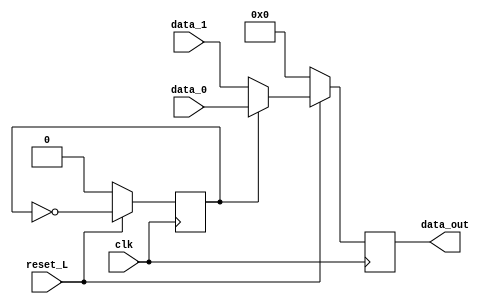
// This should be only the conductual description
module mux_conductual (
            input clk,
            input reset_L,
            input [3:0] data_0,
            input [3:0] data_1,
            output reg [3:0] data_out
            );
   // internal variable
   reg                       selector;

   always @ (posedge clk)
     begin
        // initial values

        if (!reset_L) begin
           data_out <= 4'b0;
           selector <= 'b0;
        end // if

        if (reset_L) begin
           selector <= ~selector;
           if (selector) begin
              data_out <= data_0;
           end else begin
              data_out <= data_1;
           end
        end // if not reset

     end

   endmodule